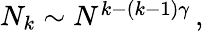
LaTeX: \begin{array}{r}{N_{k}\sim N^{k-(k-1)\gamma}\, ,}\end{array}